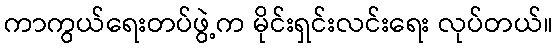
ကာကွယ်ရေးတပ်ဖွဲ့က မိုင်းရှင်းလင်းရေး လုပ်တယ်။